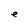
Character: e